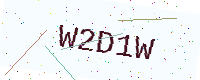
Text: W2D1W